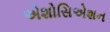
એશોસિએશન